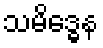
သမိဒ္ဓေန